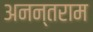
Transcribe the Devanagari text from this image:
अनन्तराम